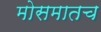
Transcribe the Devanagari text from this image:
मोसमातच